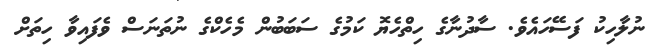
ނުލާހިކު ފަސޭހައެވެ. ސާދުނާގެ ހިތްހެޔޮ ކަމުގެ ސަބަބުން މެހެކްގެ ނުތަނަސް ވެފައިވާ ހިތަށް